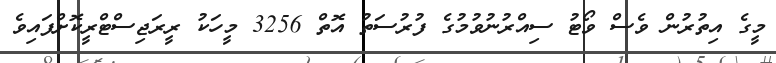
މީގެ އިތުރުން ވެސް ވޯޓު ސިއްރުނުވުމުގެ ފުރުސަތު އޮތް 3256 މީހަކު ރީރަޖިސްޓްރީކޮށްފައިވެ